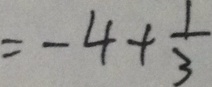
= - 4 + \frac { 1 } { 3 }